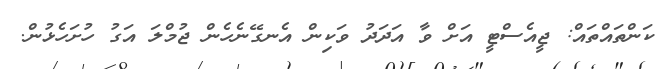
ކަންތައްތައް: ޖީއެސްޓީ އަށް ވާ އަދަދު ވަކިން އެނގޭނެހެން ޖުމްލަ އަގު ހުށަހެޅުން.